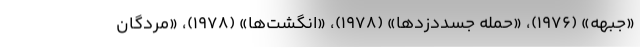
«جبهه» (۱۹۷۶)، «حمله جسددزدها» (۱۹۷۸)، «انگشت‌ها» (۱۹۷۸)، «مردگان